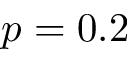
p = 0 . 2